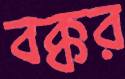
বক্কর